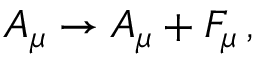
A _ { \mu } \rightarrow A _ { \mu } + { \cal F } _ { \mu } \, ,